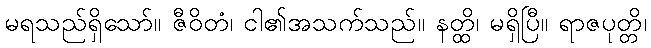
မရသည်ရှိသော်။ ဇီဝိတံ၊ ငါ၏အသက်သည်။ နတ္ထိ၊ မရှိပြီ။ ရာဇပုတ္တိ၊